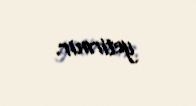
yetirmir.